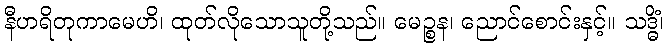
နီဟရိတုကာမေဟိ၊ ထုတ်လိုသောသူတို့သည်။ မေဉ္စန၊ ညောင်စောင်းနှင့်။ သဒ္ဓိံ၊